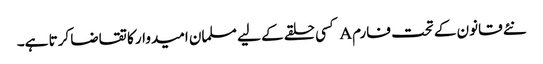
نئے قانون کے تحت فارم A کسی حلقے کے لیے مسلمان امیدوار کا تقاضا کرتا ہے۔